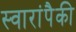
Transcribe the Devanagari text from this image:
स्वारांपैकी